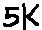
Text: 5k